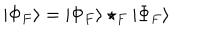
LaTeX: | \Phi _ { F } \rangle = | \Phi _ { F } \rangle \star _ { F } | \Phi _ { F } \rangle \,